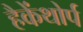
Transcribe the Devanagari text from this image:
हैकेंथोर्प